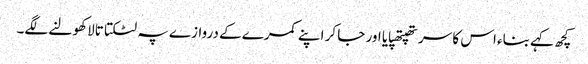
کچھ کہے بناء اس کا سر تھپتھپایا اور جا کر اپنے کمرے کے دروازے پہ لٹکتا تالا کھولنے لگے۔